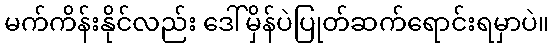
မက်ကိန်းနိုင်လည်း ဒေါ်မှိန်ပဲပြုတ်ဆက်ရောင်းရမှာပဲ။